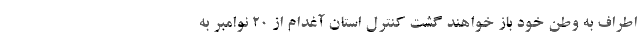
اطراف به وطن خود باز خواهند گشت کنترل استان آغدام از 20 نوامبر به